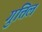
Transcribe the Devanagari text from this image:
गुत्तिल